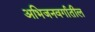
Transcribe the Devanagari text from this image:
अभिजनवर्गातील